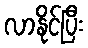
လာနိုင်ပြီး